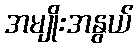
အမျိုးအနွယ်